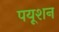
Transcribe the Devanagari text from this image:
पयूशन